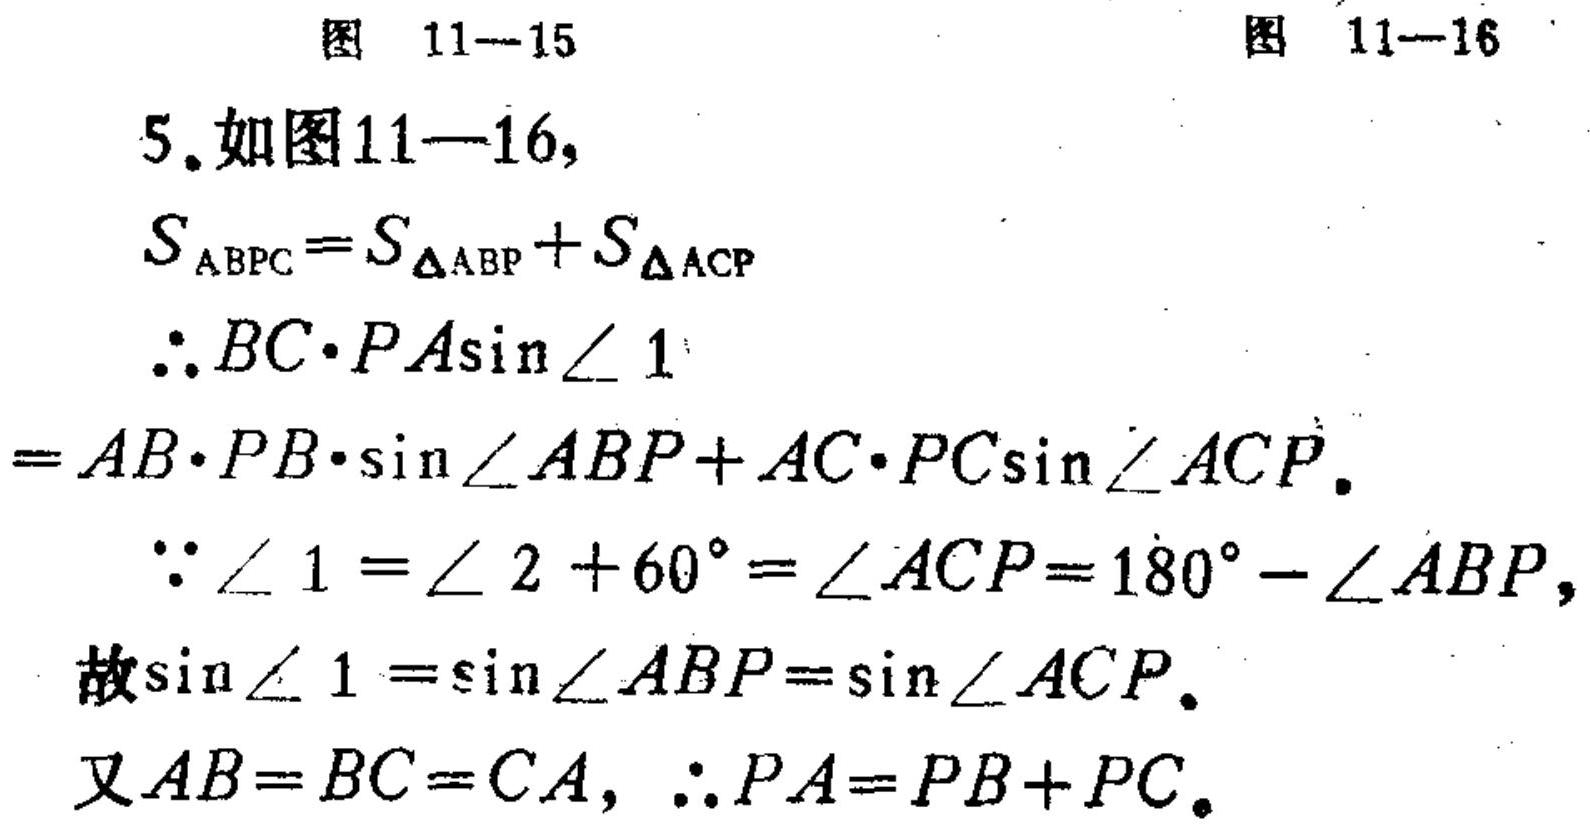
图 11—15  图 11—16
5. 如图11—16,
\(S_{ABPC}=S_{\triangle ABP}+S_{\triangle ACP}\)
\(\therefore BC\cdot PA\sin\angle 1\)
\(=AB\cdot PB\cdot\sin\angle ABP + AC\cdot PC\sin\angle ACP.\)
\(\because\angle 1=\angle 2 + 60^{\circ}=\angle ACP = 180^{\circ}-\angle ABP,\)
故\(\sin\angle 1=\sin\angle ABP=\sin\angle ACP.\)
又\(AB = BC = CA,\therefore PA=PB + PC.\)